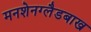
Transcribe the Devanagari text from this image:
मनशेनग्लैडबाख